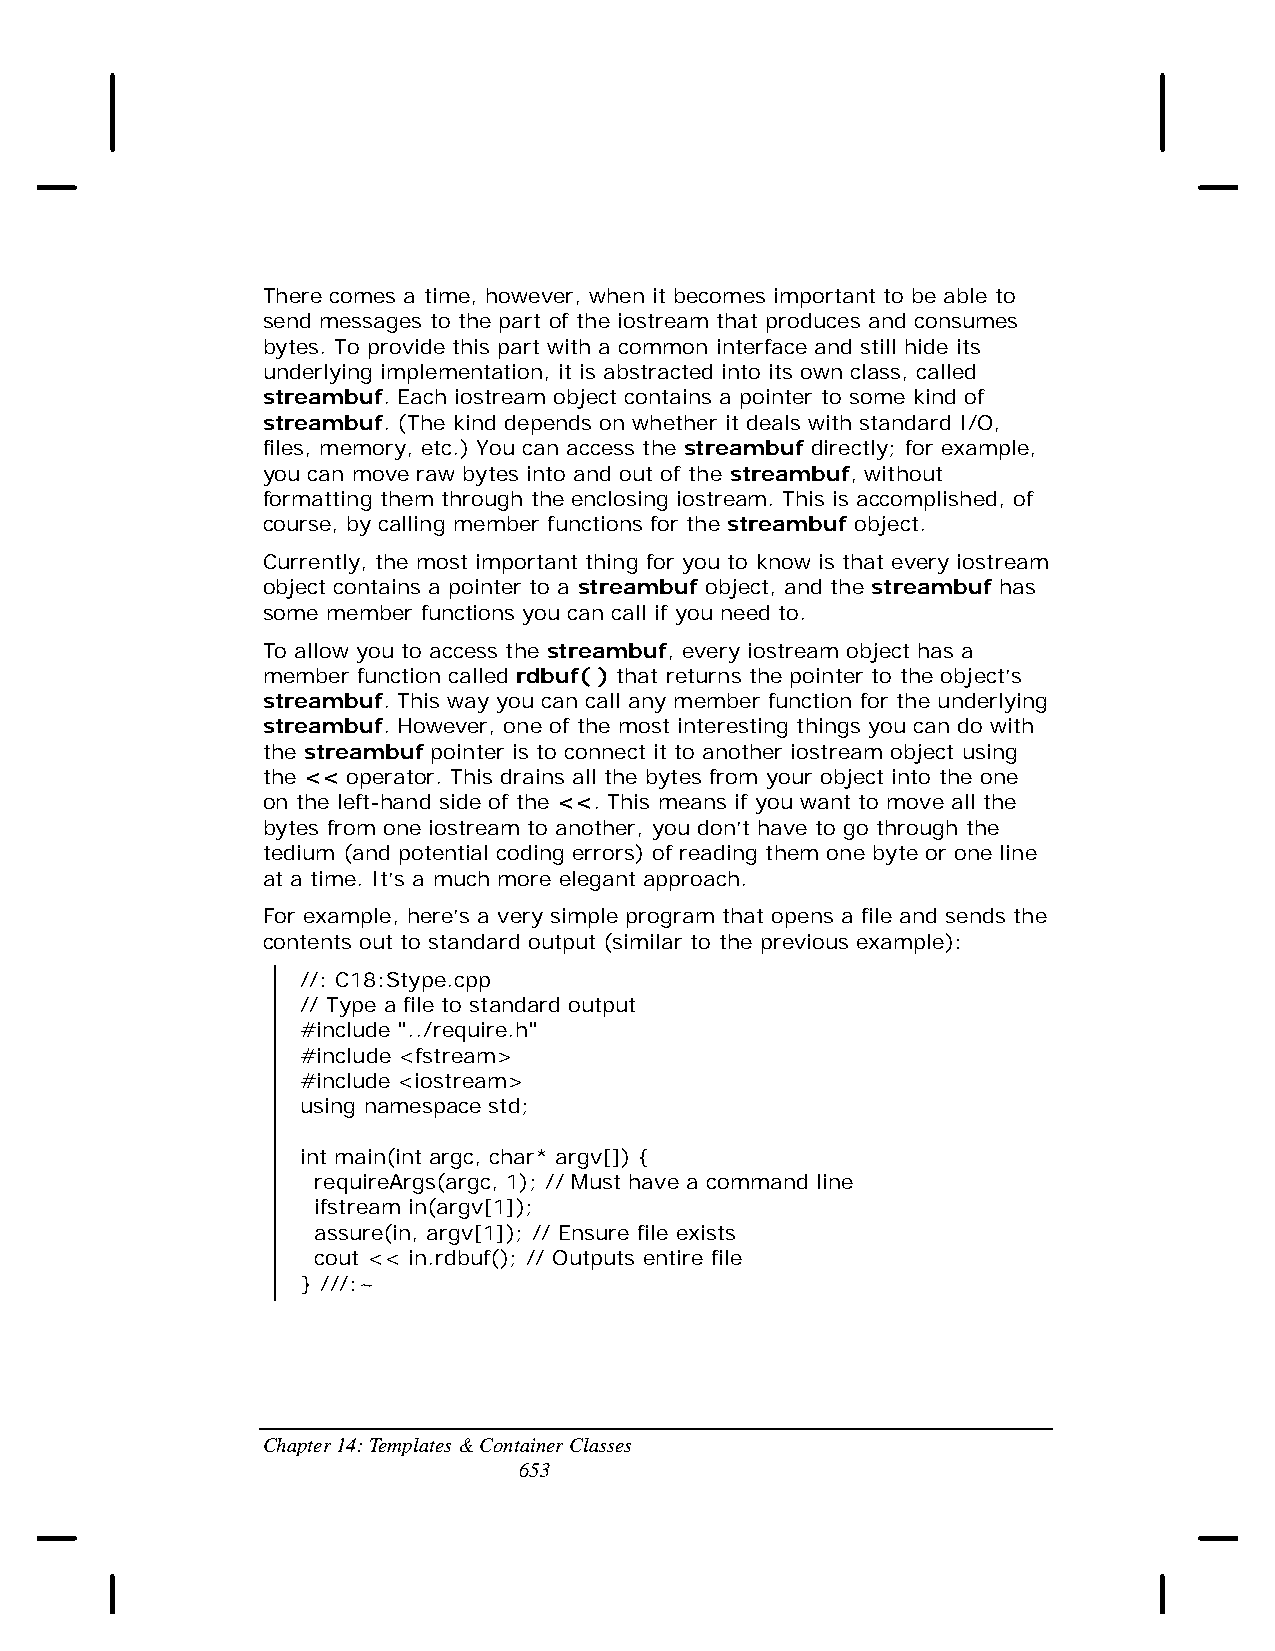
There comes a time, however, when it becomes important to be able to
 send messages to the part of the iostream that produces and consumes
 bytes. To provide this part with a common interface and still hide its
 underlying implementation, it is abstracted into its own class, called
 streambuf. Each iostream object contains a pointer to some kind of
 streambuf. (The kind depends on whether it deals with standard I/O,
 files, memory, etc.) You can access the streambuf directly; for example,
 you can move raw bytes into and out of the streambuf, without
 formatting them through the enclosing iostream. This is accomplished, of
 course, by calling member functions for the streambuf object.
 Currently, the most important thing for you to know is that every iostream
 object contains a pointer to a streambuf object, and the streambuf has
 some member functions you can call if you need to.
 To allow you to access the streambuf, every iostream object has a
 member function called rdbuf( ) that returns the pointer to the object’s
 streambuf. This way you can call any member function for the underlying
 streambuf. However, one of the most interesting things you can do with
 the streambuf pointer is to connect it to another iostream object using
 the << operator. This drains all the bytes from your object into the one
 on the left-hand side of the <<. This means if you want to move all the
 bytes from one iostream to another, you don’t have to go through the
 tedium (and potential coding errors) of reading them one byte or one line
 at a time. It’s a much more elegant approach.
 For example, here’s a very simple program that opens a file and sends the
 contents out to standard output (similar to the previous example):
 //: C18:Stype.cpp
 // Type a file to standard output
 #include "../require.h"
 #include <fstream>
 #include <iostream>
 using namespace std;
 int main(int argc, char* argv[]) {
 requireArgs(argc, 1); // Must have a command line
 ifstream in(argv[1]);
 assure(in, argv[1]); // Ensure file exists
 cout << in.rdbuf(); // Outputs entire file
 } ///:~
 Chapter 14: Templates & Container Classes
 653